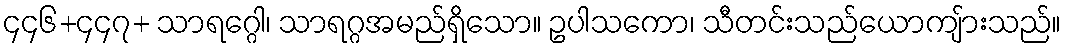
၄၄၆+၄၄၇+ သာရဂ္ဂေါ၊ သာရဂ္ဂအမည်ရှိသော။ ဥပါသကော၊ သီတင်းသည်ယောကျ်ားသည်။